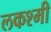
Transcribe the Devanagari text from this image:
लकश्मी